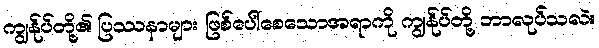
ကျွန်ုပ်တို့၏ ပြဿနာများ ဖြစ်ပေါ်စေသောအရာကို ကျွန်ုပ်တို့ ဘာလုပ်သလဲ။